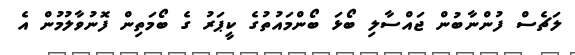
ލަޗެސް ފުންނާބުން ޖައްސާލި ބޯޅަ ބޯންމައުތުގެ ކީޕަރު ގެ ބޯމަތިން ފޮނުވާލުމުން އެ